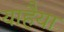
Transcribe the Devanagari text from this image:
याहैया